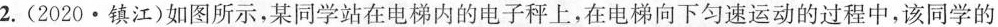
2.(2020·镇江)如图所示，某同学站在电梯内的电子秤上，在电梯向下匀速运动的过程中，该同学的